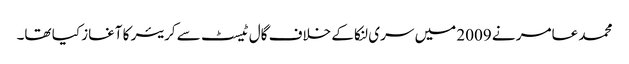
محمد عامر نے 2009 میں سری لنکا کے خلاف گال ٹیسٹ سے کریئر کا آغاز کیا تھا۔